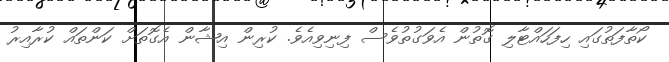
ކޯތާފަތުގައި ހިފަހައްޓާލި ގޮތުން އެވަގުތުވެސް ފިނިވިއެވެ. ކުރިން އިޝާން އެގޮތަށް ކަންތައް ކުރާއިރު